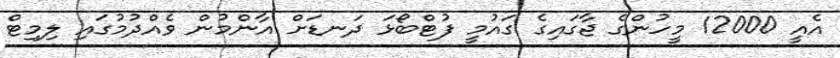
އެއީ 12000 މީހުންގެ ޖާގައިގެ ގައުމީ ފުޓްބޯޅަ ދަނޑަށް އާންމުން ވެއްދުމުގައި ލިމިޓް